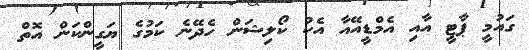
ގައުމީ ޕާޓީ އާއި އެމްޑީއޭއާ އެކު ކޯލިޝަން ހެދޭނެ ކަމުގެ ޔަގީންކަން އޮތް